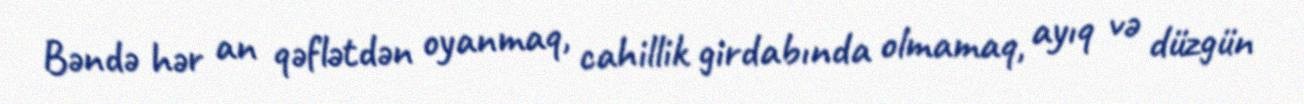
Bəndə hər an qəflətdən oyanmaq, cahillik girdabında olmamaq, ayıq və düzgün